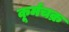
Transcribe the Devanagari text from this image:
कूर्मचक्र